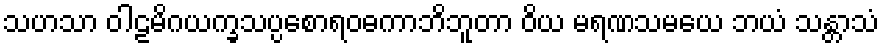
သဟသာ ဝါဠမိဂယက္ခသပ္ပစောရဝဓကာဘိဘူတာ ဝိယ မရဏသမယေ ဘယံ သန္တာသံ